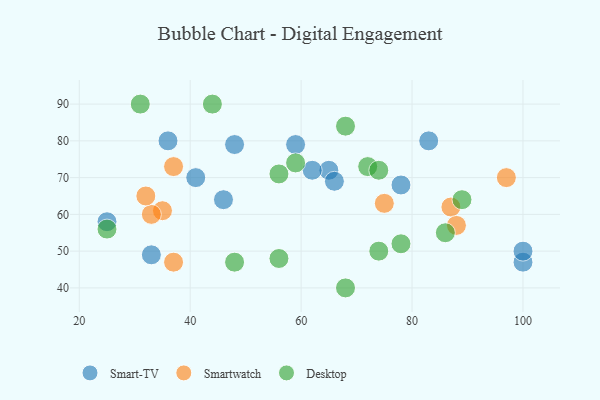
{"axis": {"x": "GDP", "y": "Life Expectancy"}, "legend": ["Desktop", "Smart-TV", "Smartwatch"], "data": [{"x": "25", "y": 58, "type": "Smart-TV"}, {"x": "33", "y": 49, "type": "Smart-TV"}, {"x": "59", "y": 79, "type": "Smart-TV"}, {"x": "46", "y": 64, "type": "Smart-TV"}, {"x": "41", "y": 70, "type": "Smart-TV"}, {"x": "100", "y": 47, "type": "Smart-TV"}, {"x": "36", "y": 80, "type": "Smart-TV"}, {"x": "78", "y": 68, "type": "Smart-TV"}, {"x": "48", "y": 79, "type": "Smart-TV"}, {"x": "100", "y": 50, "type": "Smart-TV"}, {"x": "83", "y": 80, "type": "Smart-TV"}, {"x": "65", "y": 72, "type": "Smart-TV"}, {"x": "62", "y": 72, "type": "Smart-TV"}, {"x": "66", "y": 69, "type": "Smart-TV"}, {"x": "37", "y": 47, "type": "Smartwatch"}, {"x": "75", "y": 63, "type": "Smartwatch"}, {"x": "35", "y": 61, "type": "Smartwatch"}, {"x": "87", "y": 62, "type": "Smartwatch"}, {"x": "97", "y": 70, "type": "Smartwatch"}, {"x": "37", "y": 73, "type": "Smartwatch"}, {"x": "33", "y": 60, "type": "Smartwatch"}, {"x": "32", "y": 65, "type": "Smartwatch"}, {"x": "88", "y": 57, "type": "Smartwatch"}, {"x": "44", "y": 90, "type": "Desktop"}, {"x": "56", "y": 48, "type": "Desktop"}, {"x": "86", "y": 55, "type": "Desktop"}, {"x": "72", "y": 73, "type": "Desktop"}, {"x": "68", "y": 40, "type": "Desktop"}, {"x": "31", "y": 90, "type": "Desktop"}, {"x": "56", "y": 71, "type": "Desktop"}, {"x": "78", "y": 52, "type": "Desktop"}, {"x": "25", "y": 56, "type": "Desktop"}, {"x": "89", "y": 64, "type": "Desktop"}, {"x": "59", "y": 74, "type": "Desktop"}, {"x": "74", "y": 72, "type": "Desktop"}, {"x": "48", "y": 47, "type": "Desktop"}, {"x": "68", "y": 84, "type": "Desktop"}, {"x": "74", "y": 50, "type": "Desktop"}]}